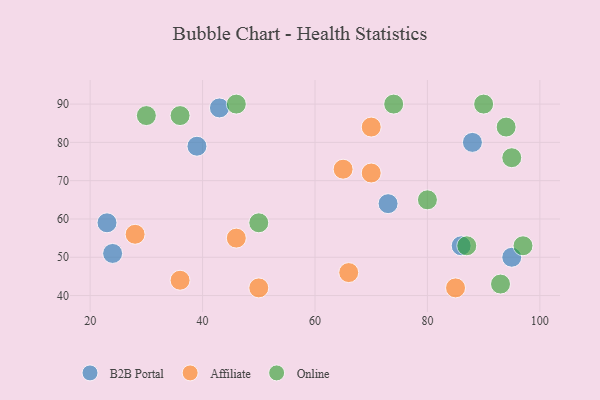
{"axis": {"x": "GDP", "y": "Life Expectancy"}, "legend": ["Affiliate", "B2B Portal", "Online"], "data": [{"x": "88", "y": 80, "type": "B2B Portal"}, {"x": "39", "y": 79, "type": "B2B Portal"}, {"x": "73", "y": 64, "type": "B2B Portal"}, {"x": "23", "y": 59, "type": "B2B Portal"}, {"x": "86", "y": 53, "type": "B2B Portal"}, {"x": "43", "y": 89, "type": "B2B Portal"}, {"x": "95", "y": 50, "type": "B2B Portal"}, {"x": "24", "y": 51, "type": "B2B Portal"}, {"x": "70", "y": 72, "type": "Affiliate"}, {"x": "50", "y": 42, "type": "Affiliate"}, {"x": "65", "y": 73, "type": "Affiliate"}, {"x": "46", "y": 55, "type": "Affiliate"}, {"x": "36", "y": 44, "type": "Affiliate"}, {"x": "70", "y": 84, "type": "Affiliate"}, {"x": "66", "y": 46, "type": "Affiliate"}, {"x": "85", "y": 42, "type": "Affiliate"}, {"x": "28", "y": 56, "type": "Affiliate"}, {"x": "80", "y": 65, "type": "Online"}, {"x": "94", "y": 84, "type": "Online"}, {"x": "46", "y": 90, "type": "Online"}, {"x": "93", "y": 43, "type": "Online"}, {"x": "87", "y": 53, "type": "Online"}, {"x": "74", "y": 90, "type": "Online"}, {"x": "97", "y": 53, "type": "Online"}, {"x": "30", "y": 87, "type": "Online"}, {"x": "95", "y": 76, "type": "Online"}, {"x": "90", "y": 90, "type": "Online"}, {"x": "36", "y": 87, "type": "Online"}, {"x": "50", "y": 59, "type": "Online"}]}